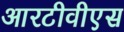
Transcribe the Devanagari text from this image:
आरटीवीएस